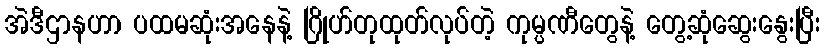
အဲဒီဌာနဟာ ပထမဆုံးအနေနဲ့ ဂြိုဟ်တုထုတ်လုပ်တဲ့ ကုမ္ပဏီတွေနဲ့ တွေ့ဆုံဆွေးနွေးပြီး